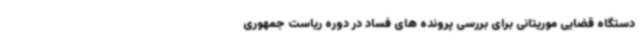
دستگاه قضایی موریتانی برای بررسی پرونده های فساد در دوره ریاست جمهوری